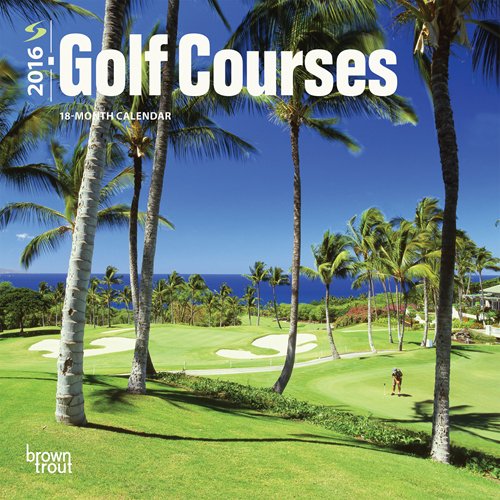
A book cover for Golf Courses 2016 Mini 7x7; Browntrout Publishers; Calendars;